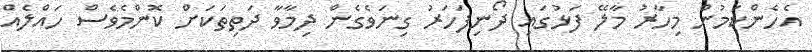
އެހެންކަމުން މިހާރު މާލޭ ފަޅުގައި ދޯނިފަހަރު ގިނަވެގެން ދިމާވާ ދަތިތަކަށް ކޮންމެވެސް ހައްލެއް